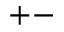
+ -